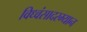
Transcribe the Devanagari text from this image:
विध्वंसादरम्यान